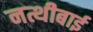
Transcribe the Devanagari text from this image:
नत्थीबाई